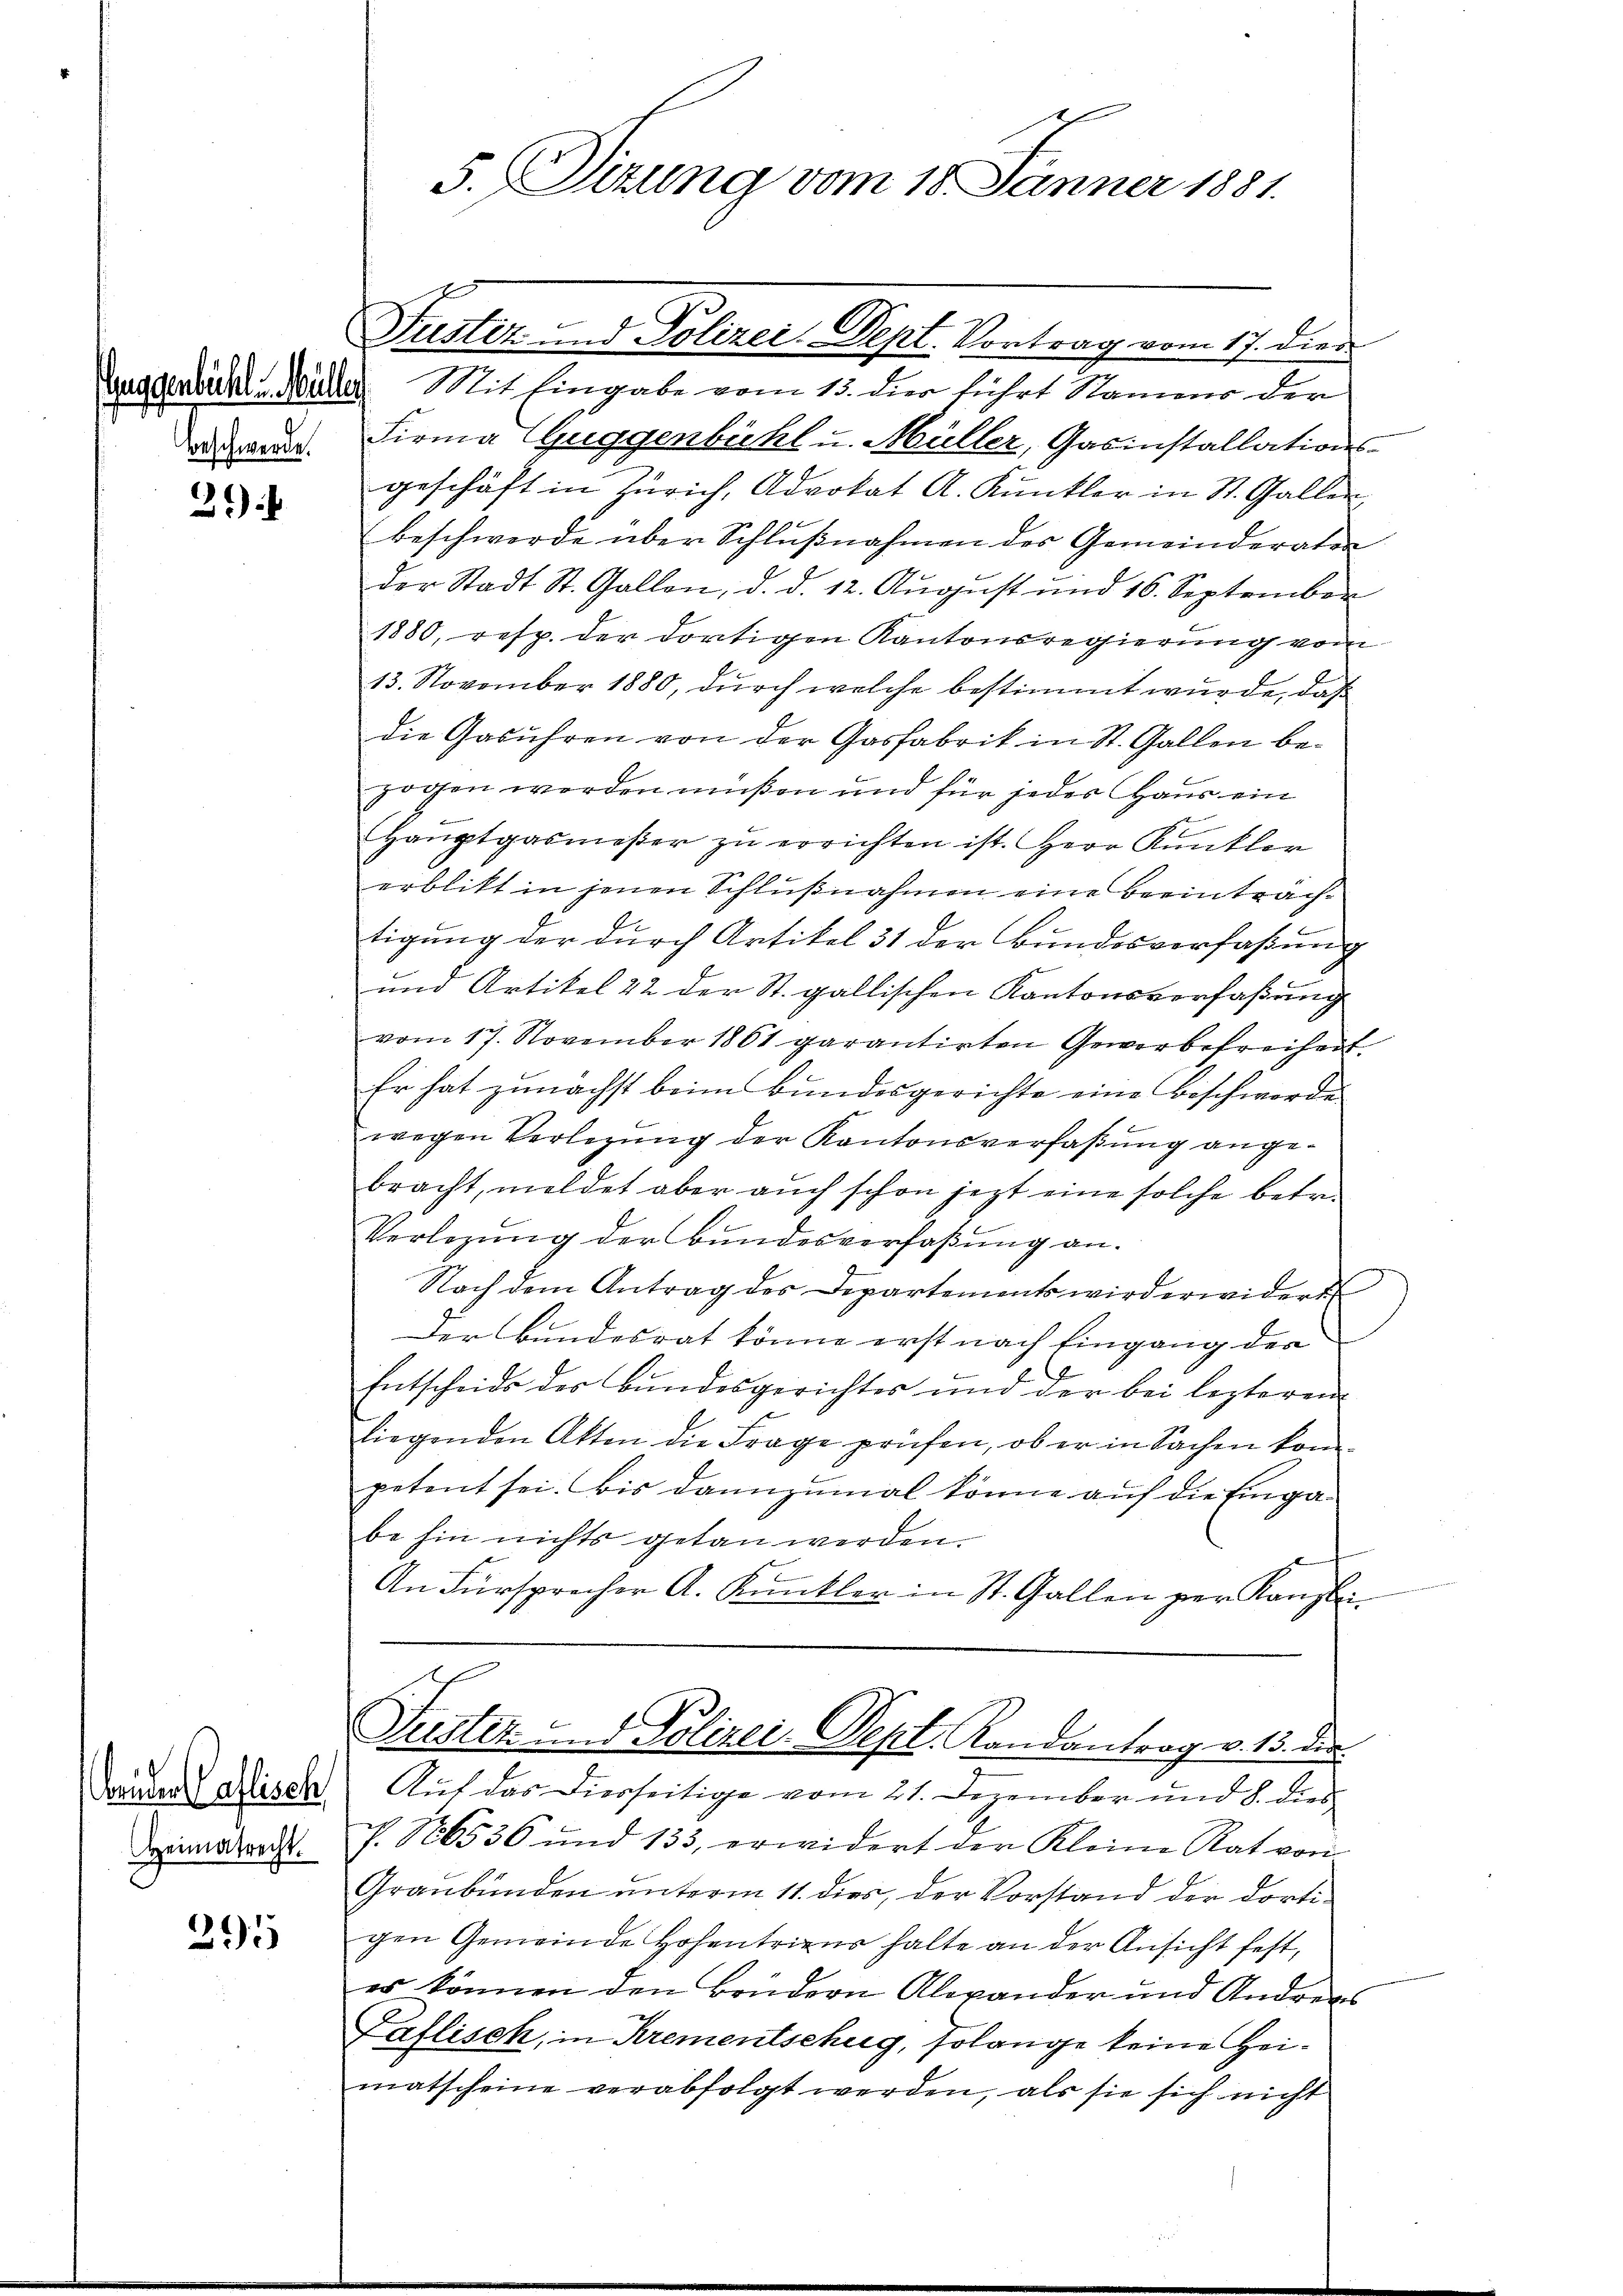
31)

Bruder Caflisch
Heimatrecht.

395

beschwerde.

E
5. Sitzung vom 18. Jänner 1881.

Guggenbühl Müller Mit Eingabe vom 15. dies führt Namme der
Firma Guggenbühl u. Müller, Gasinstallationsgeschäft in Zürich, Advokat A. Kunkler in St. Gallen
beschwerde über Schlŭβnahmen des Gemeinderator
der Stadt St. Gallen, d. d. 12. Aŭgŭst und 16. September
1880, resp. der dortigen Kantonsregierung vom
13. November 1880, durch welche bestimmt wurde, daß
die Gasühren von der Gasfabrik in St. Gallen bezogen werden müßen und für jeder Haus ein
E
Haŭptgasmeβer zŭ errichten ist. Herr Kunkler
erblikt in jenen Schlußnahmen eine Beeinträchtigung der durch Artikel 31 der Bundesverfaßung
und Artikel 22 der St. gallischen Kantonsverfaßung
vom 17. November 1861 garantirten Gewerbefreiheit.
Er hat zunächst beim Bundesgerichte eine Beschwerde
wegen Verlegung der Kantonsverfaßung angebracht, meldet aber auch schon jezt eine solche betr.
Verlegŭng der Bundesverfaßung an.
Nach dem Antrag des Departements wird erwidert
Der Bundesrat könne erst nach Eingang der
Entscheide des Bundesgerichtes und der bei lezteren
liegenden Akten die Frage prüfen, ob er in Sachen kom-
petent sei. Bis dannzumal könne auf die Eingabe hin nichts getan werden.
An Fürsprecher A. Kunkler in St. Gallen per Kanzlei-
Puster und Polizei-Dept. Randantrag v. 13. der
Auf das Diesseitige vom 21. Dezember und 8. dies
P. Nr. 6536 und 133, erwidert der Kleine Rat von
Graubünden unterm 11. dies, der Vorstand der dortigen Gemeinde Hohentrieur halte an der Ansicht fest,
es können den Brüdern Abwander und Andreas
Taflisch, in Krementschug, solange keine Heimatscheine verabfolgt werden, als sie sich nicht

Fustiz- und Polizei-Dept. Vortrag vom 17. dien